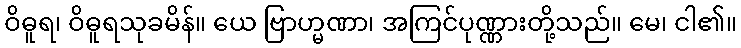
ဝိဓူရ၊ ဝိဓူရသုခမိန်။ ယေ ဗြာဟ္မဏာ၊ အကြင်ပုဏ္ဏားတို့သည်။ မေ၊ ငါ၏။